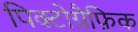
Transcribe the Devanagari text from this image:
पिक्टोग्रैफ़िक